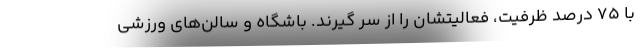
با ۷۵ درصد ظرفیت، فعالیتشان را از سر گیرند. باشگاه و سالن‌های ورزشی